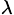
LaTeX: _\lambda